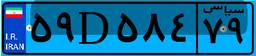
۵۹D۵۸۴۷۹